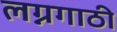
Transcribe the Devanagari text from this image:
लग्नगाठी